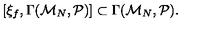
[ \xi _ { f } , \Gamma ( { \cal M } _ { N } , { \cal P } ) ] \subset \Gamma ( { \cal M } _ { N } , { \cal P } ) .